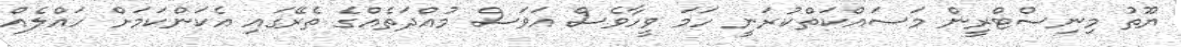
ޔޫތު މިނިސްޓްރީން މަސައްކަތްކުރަނީ ހަމަ ވީހާވެސް އަވަސް މުއްދަތެއްގެ ތެރޭގައި އެކަންކަމަށް ހައްލެއް